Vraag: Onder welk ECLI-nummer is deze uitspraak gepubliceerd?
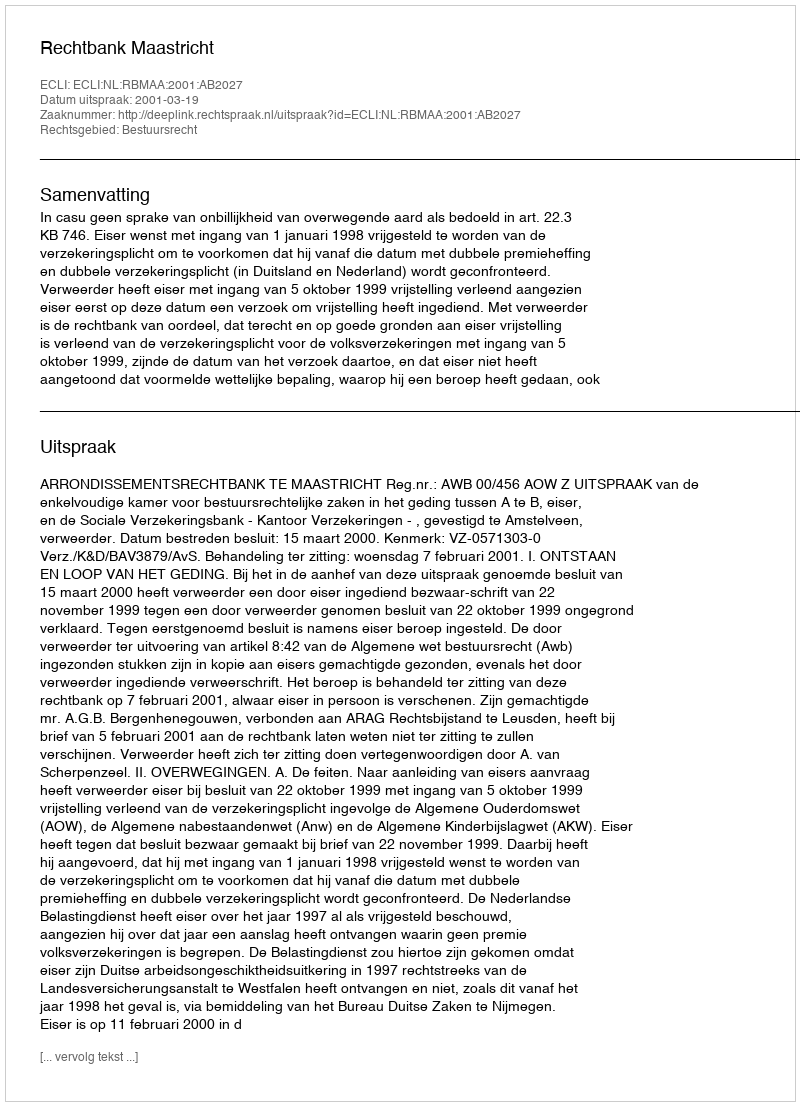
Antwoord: ECLI:NL:RBMAA:2001:AB2027